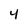
Character: 4